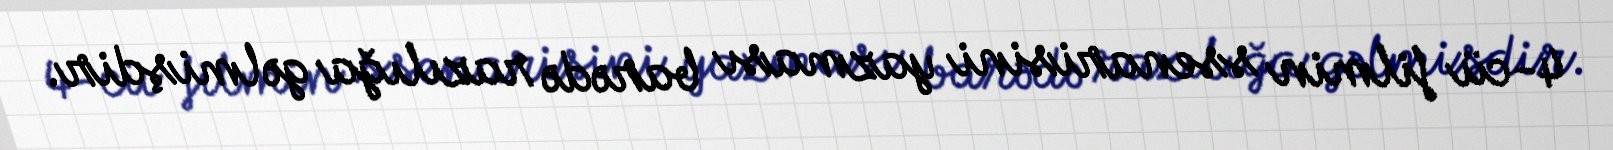
4-cü filmin ssenarisini yazması barədə razılığa gəlmişdir.